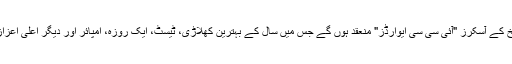
15 ستمبر کو کرکٹ کی تاریخ کے آسکرز "آئی سی سی ایوارڈز" منعقد ہوں گے جس میں سال کے بہترین کھلاڑی، ٹیسٹ، ایک روزہ، امپائر اور دیگر اعلیٰ اعزازات کے فاتحین کا اعلان ہوگا۔